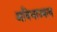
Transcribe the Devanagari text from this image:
अविभाज्यत्व